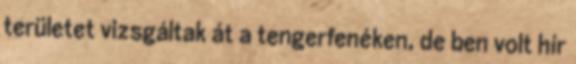
területet vizsgáltak át a tengerfenéken, de ben volt hír